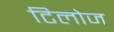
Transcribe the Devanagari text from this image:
टिलोज